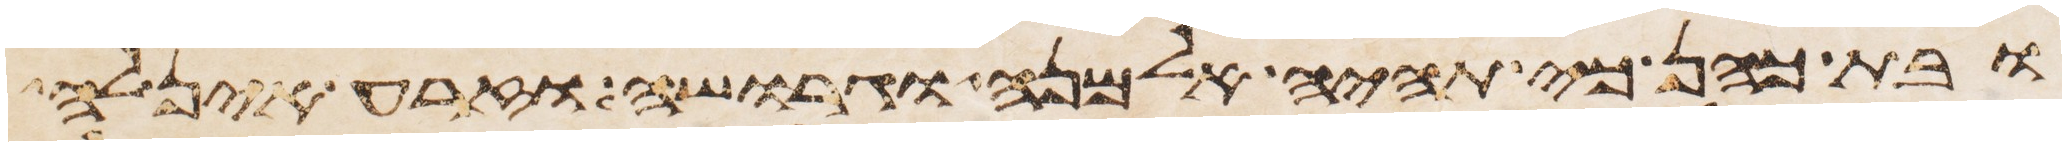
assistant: ובת כהן כי תהיה אלמנה וגרושה וזרע אין לה